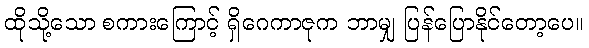
ထိုသို့သော စကားကြောင့် ရှိဂေကာဇုက ဘာမျှ ပြန်ပြောနိုင်တော့ပေ။